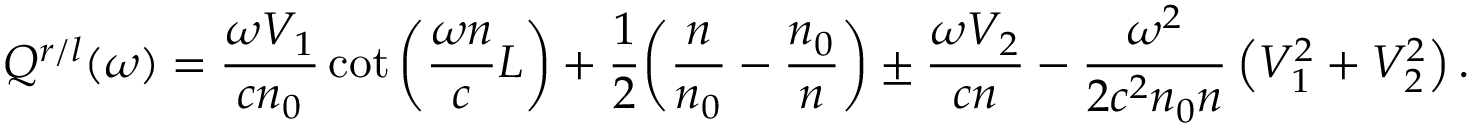
Q ^ { r / l } ( \omega ) = \frac { \omega V _ { 1 } } { c n _ { 0 } } \cot \left( \frac { \omega n } { c } L \right) + \frac { 1 } { 2 } \bigg ( \frac { n } { n _ { 0 } } - \frac { n _ { 0 } } { n } \bigg ) \pm \frac { \omega V _ { 2 } } { c n } - \frac { \omega ^ { 2 } } { 2 c ^ { 2 } n _ { 0 } n } \left( V _ { 1 } ^ { 2 } + V _ { 2 } ^ { 2 } \right) .